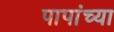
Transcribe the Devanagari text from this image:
पापांच्‍या